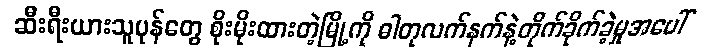
ဆီးရီးယားသူပုန်တွေ စိုးမိုးထားတဲ့မြို့ကို ဓါတုလက်နက်နဲ့တိုက်ခိုက်ခဲ့မှုအပေါ်